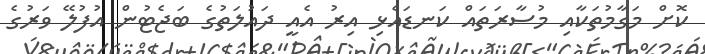
ކޮށް މަގާމުތަކާއި މުސާރަތައް ކަނޑައެޅި އިރު އެއީ ދައުލަތުގެ ބަޖެޓުން އުފުލޭ ވަރުގެ